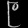
Digit: ၉